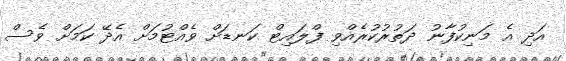
އަދި އެ މަނިކުފާނު ދަތުރުކުރެއްވި ފްލައިޓް ކަނޑަށް ވެއްޓުމަށް އެދޭ ކަމަށް ވެސް